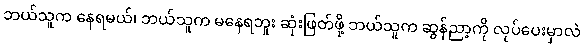
ဘယ်သူက နေရမယ်၊ ဘယ်သူက မနေရဘူး ဆုံးဖြတ်ဖို့ ဘယ်သူက ဆွန်ညာ့ကို လုပ်ပေးမှာလဲ